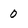
Character: 0